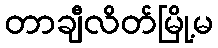
တာချီလိတ်မြို့မ